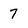
Character: 7